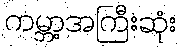
ကမ္ဘာ့အကြီးဆုံး